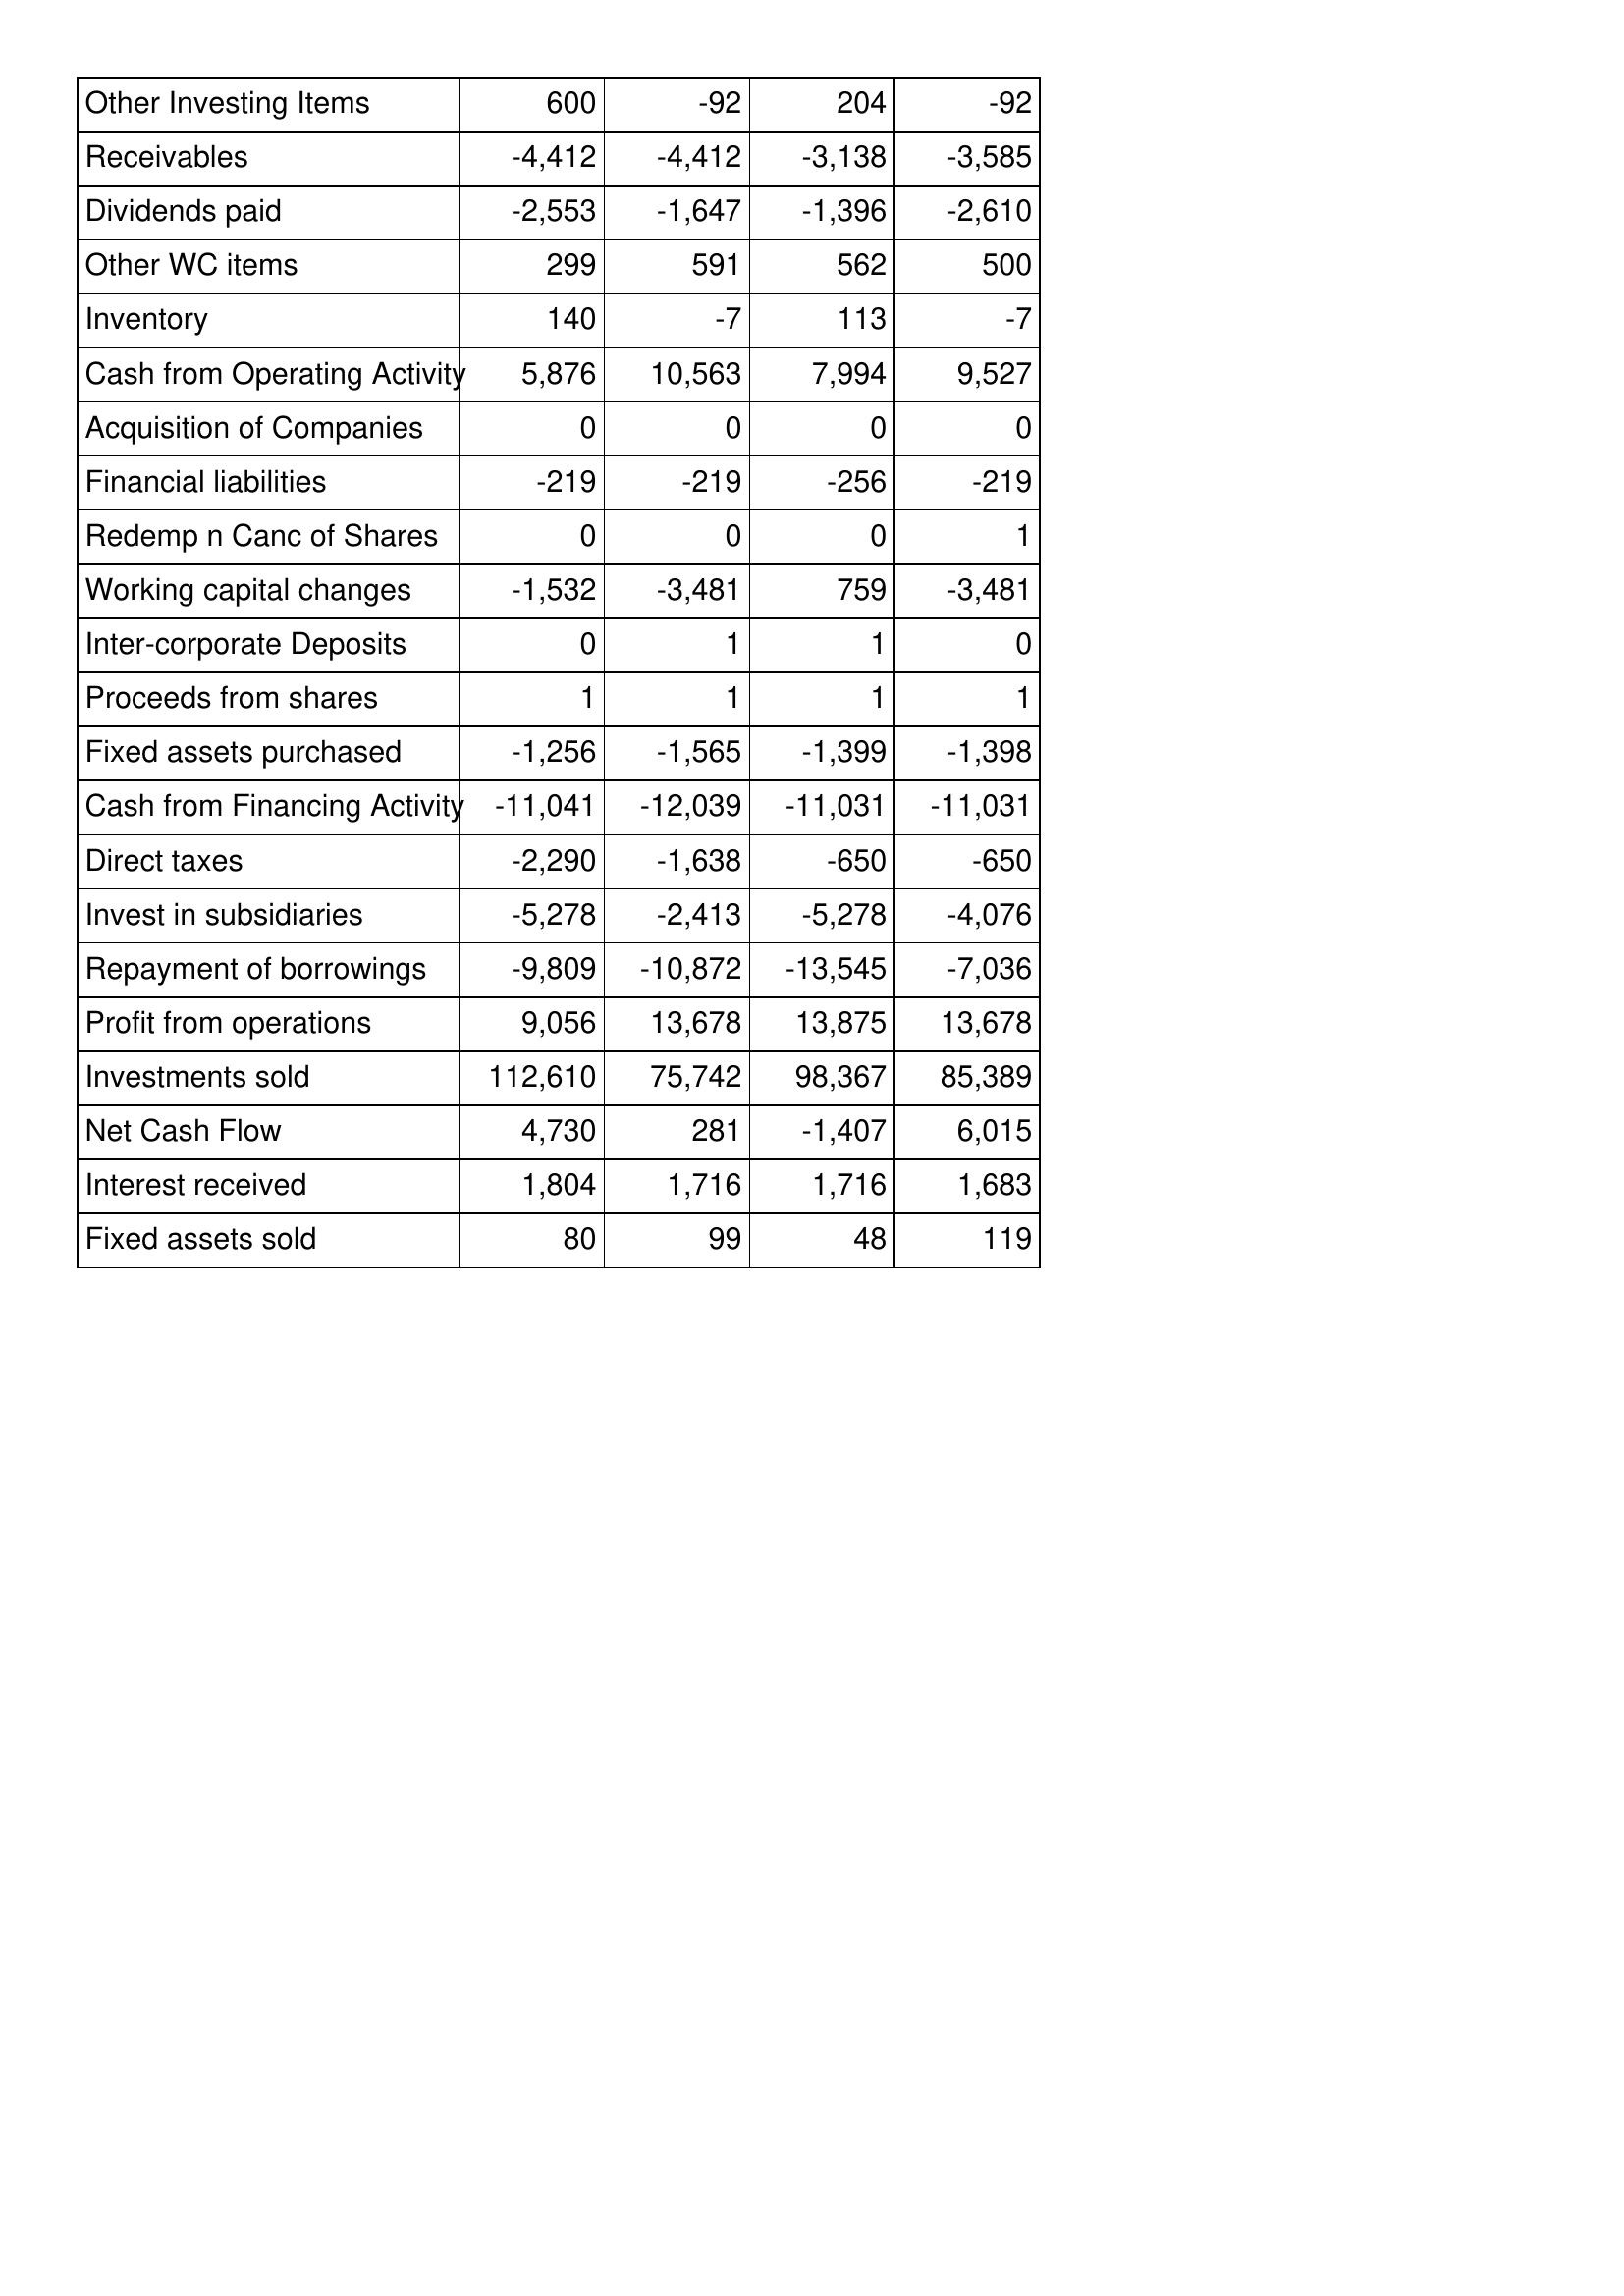
Apr-16: Cash Flows: Other Investing Items: 600
Receivables: -4,412
Dividends paid: -2,553
Other WC items: 299
Inventory: 140
Cash from Operating Activity: 5,876
Acquisition of Companies: 0
Financial liabilities: -219
Redemp n Canc of Shares: 0
Working capital changes: -1,532
Inter-corporate Deposits: 0
Proceeds from shares: 1
Fixed assets purchased: -1,256
Cash from Financing Activity: -11,041
Direct taxes: -2,290
Invest in subsidiaries: -5,278
Repayment of borrowings: -9,809
Profit from operations: 9,056
Investments sold: 112,610
Net Cash Flow: 4,730
Interest received: 1,804
Fixed assets sold: 80
Apr-15: Cash Flows: Other Investing Items: -92
Receivables: -4,412
Dividends paid: -1,647
Other WC items: 591
Inventory: -7
Cash from Operating Activity: 10,563
Acquisition of Companies: 0
Financial liabilities: -219
Redemp n Canc of Shares: 0
Working capital changes: -3,481
Inter-corporate Deposits: 1
Proceeds from shares: 1
Fixed assets purchased: -1,565
Cash from Financing Activity: -12,039
Direct taxes: -1,638
Invest in subsidiaries: -2,413
Repayment of borrowings: -10,872
Profit from operations: 13,678
Investments sold: 75,742
Net Cash Flow: 281
Interest received: 1,716
Fixed assets sold: 99
Apr-14: Cash Flows: Other Investing Items: 204
Receivables: -3,138
Dividends paid: -1,396
Other WC items: 562
Inventory: 113
Cash from Operating Activity: 7,994
Acquisition of Companies: 0
Financial liabilities: -256
Redemp n Canc of Shares: 0
Working capital changes: 759
Inter-corporate Deposits: 1
Proceeds from shares: 1
Fixed assets purchased: -1,399
Cash from Financing Activity: -11,031
Direct taxes: -650
Invest in subsidiaries: -5,278
Repayment of borrowings: -13,545
Profit from operations: 13,875
Investments sold: 98,367
Net Cash Flow: -1,407
Interest received: 1,716
Fixed assets sold: 48
Apr-13: Cash Flows: Other Investing Items: -92
Receivables: -3,585
Dividends paid: -2,610
Other WC items: 500
Inventory: -7
Cash from Operating Activity: 9,527
Acquisition of Companies: 0
Financial liabilities: -219
Redemp n Canc of Shares: 1
Working capital changes: -3,481
Inter-corporate Deposits: 0
Proceeds from shares: 1
Fixed assets purchased: -1,398
Cash from Financing Activity: -11,031
Direct taxes: -650
Invest in subsidiaries: -4,076
Repayment of borrowings: -7,036
Profit from operations: 13,678
Investments sold: 85,389
Net Cash Flow: 6,015
Interest received: 1,683
Fixed assets sold: 119